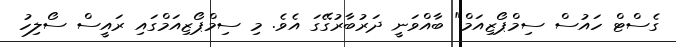
ގެސްޓް ހައުސް ސިމްޕޯޒިއަމް" ބާއްވަނީ ދަރުބާރުގޭގަ އެވެ. މި ސިމްޕޯޒިއަމްގައި ރައީސް ސޯލިހު